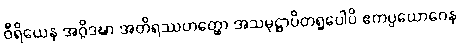
ဝီရိယေန အဂ္ဂိဒဍ္ဎာ အတိရဿဟတ္ထော အသမုဋ္ဌာပိတရူပေါပိ ဧကပ္ပယောဂေန